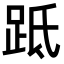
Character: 䟡